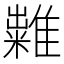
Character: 𥽀